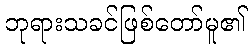
ဘုရားသခင်ဖြစ်တော်မူ၏